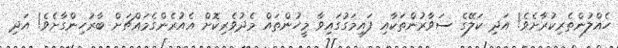
ހެއްލުންތެރިކުރާށެވެ! އަދި ކަލޭގެ ސަވާރުންތަކާއި ފައިމަގުގައިވާ މީހުންތައް މެދުވެރިކޮށް އެއުރެންގެމައްޗަށް ބާރުހިންގާށެވެ! އަދި